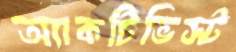
অ্যাকটিভিস্ট